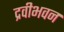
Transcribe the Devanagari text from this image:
द्रवीभवन